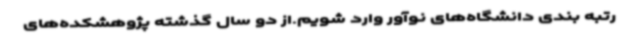
رتبه بندی دانشگاه‌های نوآور وارد شویم.از دو سال گذشته پژوهشکده‌های